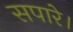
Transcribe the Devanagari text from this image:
सपारे।